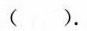
( ).